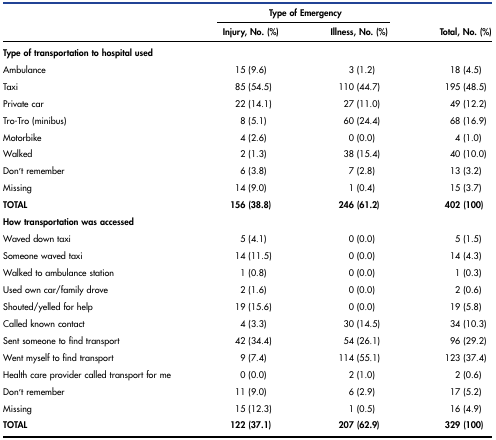
|  | <COLSPAN=2> Type of Emergency |  |
 |  | Injury, No. (%) | Illness, No. (%) | Total, No. (%) |
 | --- | --- | --- | --- |
 | <COLSPAN=4> Type of transportation to hospital used |
 | Ambulance | 15 (9.6) | 3 (1.2) | 18 (4.5) |
 | Taxi | 85 (54.5) | 110 (44.7) | 195 (48.5) |
 | Private car | 22 (14.1) | 27 (11.0) | 49 (12.2) |
 | Tro-Tro (minibus) | 8 (5.1) | 60 (24.4) | 68 (16.9) |
 | Motorbike | 4 (2.6) | 0 (0.0) | 4 (1.0) |
 | Walked | 2 (1.3) | 38 (15.4) | 40 (10.0) |
 | Don’t remember | 6 (3.8) | 7 (2.8) | 13 (3.2) |
 | Missing | 14 (9.0) | 1 (0.4) | 15 (3.7) |
 | TOTAL | 156 (38.8) | 246 (61.2) | 402 (100) |
 | <COLSPAN=4> How transportation was accessed |
 | Waved down taxi | 5 (4.1) | 0 (0.0) | 5 (1.5) |
 | Someone waved taxi | 14 (11.5) | 0 (0.0) | 14 (4.3) |
 | Walked to ambulance station | 1 (0.8) | 0 (0.0) | 1 (0.3) |
 | Used own car/family drove | 2 (1.6) | 0 (0.0) | 2 (0.6) |
 | Shouted/yelled for help | 19 (15.6) | 0 (0.0) | 19 (5.8) |
 | Called known contact | 4 (3.3) | 30 (14.5) | 34 (10.3) |
 | Sent someone to find transport | 42 (34.4) | 54 (26.1) | 96 (29.2) |
 | Went myself to find transport | 9 (7.4) | 114 (55.1) | 123 (37.4) |
 | Health care provider called transport for me | 0 (0.0) | 2 (1.0) | 2 (0.6) |
 | Don’t remember | 11 (9.0) | 6 (2.9) | 17 (5.2) |
 | Missing | 15 (12.3) | 1 (0.5) | 16 (4.9) |
 | TOTAL | 122 (37.1) | 207 (62.9) | 329 (100) |